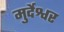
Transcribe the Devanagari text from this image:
मुर्देश्वर